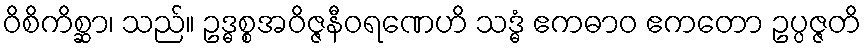
ဝိစိကိစ္ဆာ၊ သည်။ ဥဒ္ဓစ္စအဝိဇ္ဇနီဝရဏေဟိ သဒ္ဓံ ဧကဓာဝ ဧကတော ဥပ္ပဇ္ဇတိ